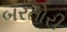
બરતોરી